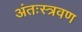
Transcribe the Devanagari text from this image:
अंतःस्त्रवण